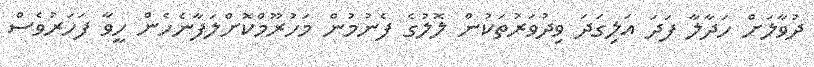
ދުވާލަށް ހަދާލާ ފަދަ އަލިގަދަ ވިދުވަރުތަކުން ލޮލުގެ ފެނުމުން މަހުރޫމްކޮށްލަފާނެހެން ހީވާ ފަހަރުވެސް